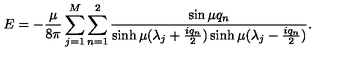
E = - { \frac { \mu } { 8 \pi } } \sum _ { j = 1 } ^ { M } \sum _ { n = 1 } ^ { 2 } { \frac { \sin \mu q _ { n } } { \sinh \mu ( \lambda _ { j } + { \frac { i q _ { n } } { 2 } } ) \sinh \mu ( \lambda _ { j } - { \frac { i q _ { n } } { 2 } } ) } } .